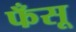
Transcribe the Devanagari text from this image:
फँसू